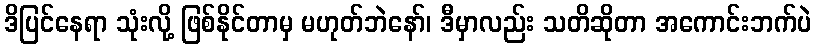
ဒိပြင်နေရာ သုံးလို့ ဖြစ်နိုင်တာမှ မဟုတ်ဘဲနော်၊ ဒီမှာလည်း သတိဆိုတာ အကောင်းဘက်ပဲ